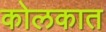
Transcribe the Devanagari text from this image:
कोलकात